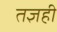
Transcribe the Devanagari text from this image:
तज्ञही